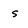
Character: s